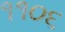
૧૧૦૬